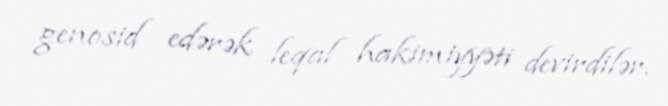
genosid edərək leqal hakimiyyəti devirdilər.